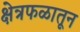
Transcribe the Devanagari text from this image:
क्षेत्रफळातून